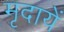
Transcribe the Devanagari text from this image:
मृदायें